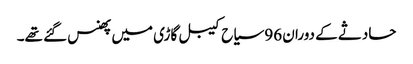
حادثے کے دوران 96 سیاح کیبل گاڑی میں پھنس گئے تھے۔